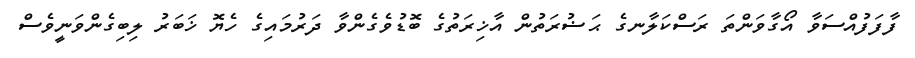
ފާފަފުއްސަވާ އޯގާވަންތަ ރަސްކަލާނގެ ޙަޟުރަތުން އާޚިރަތުގެ ބޮޑުވެގެންވާ ދަރުމައިގެ ހެޔޮ ޚަބަރު ލިބިގެންވަނީވެސް